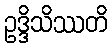
ဥဒ္ဒိသိဿတိ